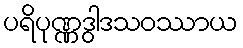
ပရိပုဏ္ဏဒွါဒသဝဿာယ